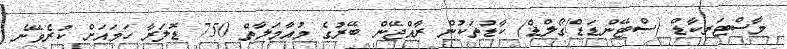
މާސްޓަރކާޑް (ސްޓޭންޑަޑް/ގޯލްޑް) ކާޑުތަކުން ރާއްޖޭން ބޭރުގެ މުއާމަލާތް 750 ޑޮލަރާ ހަމައަށް ކުރެވޭނެ